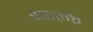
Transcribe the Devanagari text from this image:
स्छल्के